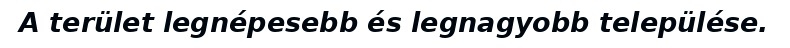
A terület legnépesebb és legnagyobb települése.